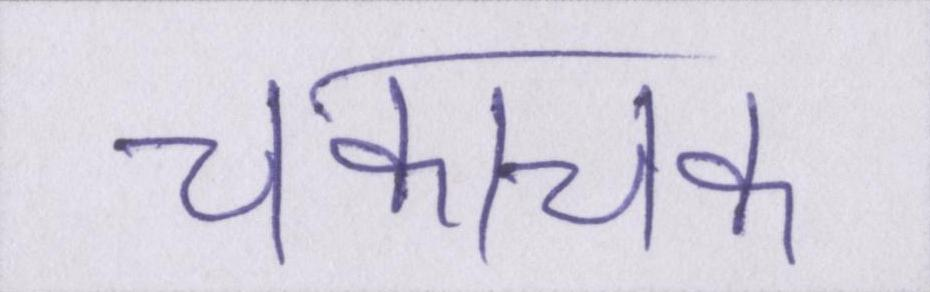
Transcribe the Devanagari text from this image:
चकाचक